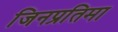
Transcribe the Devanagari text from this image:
जिनप्रतिमा